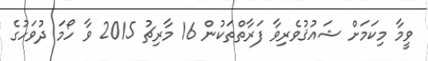
ވީމާ މިކަމަށް ޝައުޤުވެރިވާ ފަރާތްތަކުން 16 މާރިޗު 2015 ވާ ހޯމަ ދުވަހުގެ